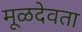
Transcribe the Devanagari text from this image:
मूळदेवता